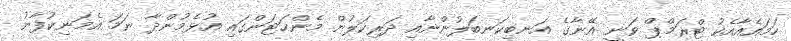
ހަމައެއާއެކު ޓްރަމްޕް ވަނީ އޭނާގެ އަނބިކަނބަލުންނާއި ދަރިކަލުން މެންހަޓަންގައި އުޅެމުންދާ ނަމަ އެމަނިކުފާނު